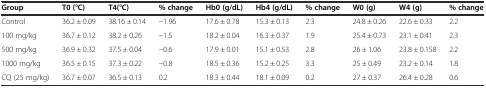
| Group | T0 (°C) | T4(°C) | % change | Hb0 (g/dL) | Hb4 (g/dL) | % change | W0 (g) | W4 (g) | % change |
 | --- | --- | --- | --- | --- | --- | --- | --- | --- | --- |
 | Control | 36.2 ± 0.09 | 38.16 ± 0.14 | −1.96 | 17.6 ± 0.78 | 15.3 ± 0.13 | 2.3 | 24.8 ± 0.26 | 22.6 ± 0.33 | 2.2 |
 | 100 mg/kg | 36.7 ± 0.12 | 38.2 ± 0.26 | −1.5 | 18.2 ± 0.04 | 16.3 ± 0.37 | 1.9 | 25.4 ± 0.73 | 23.1 ± 0.41 | 2.3 |
 | 500 mg/kg | 36.9 ± 0.32 | 37.5 ± 0.04 | −0.6 | 17.9 ± 0.01 | 15.1 ± 0.53 | 2.8 | 26 ± 1.06 | 23.8 ± 0.158 | 2.2 |
 | 1000 mg/kg | 36.5 ± 0.15 | 37.3 ± 0.22 | −0.8 | 18.5 ± 0.36 | 15.2 ± 0.25 | 3.3 | 25 ± 0.49 | 23.2 ± 0.14 | 1.8 |
 | CQ (25 mg/kg) | 36.7 ± 0.07 | 36.5 ± 0.13 | 0.2 | 18.3 ± 0.44 | 18.1 ± 0.09 | 0.2 | 27 ± 0.37 | 26.4 ± 0.28 | 0.6 |